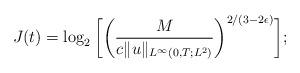
LaTeX: \begin{align*}J(t) = \log_2 \bigg[ \bigg( \frac {M} {c \|u\|_{L^\infty(0,T;L^2)} } \bigg)^{2/(3-2\epsilon)} \bigg];\end{align*}